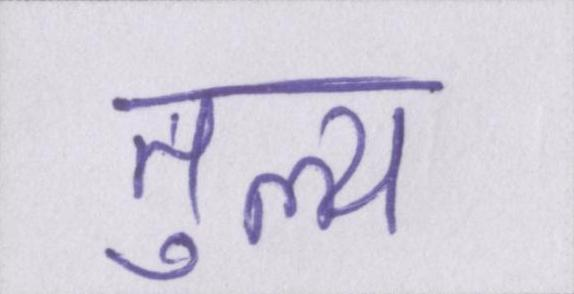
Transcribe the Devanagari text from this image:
तुल्य